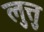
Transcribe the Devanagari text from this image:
लुत्तु